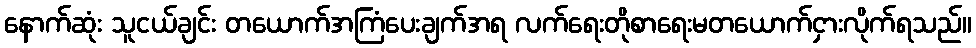
နောက်ဆုံး သူငယ်ချင်း တယောက်အကြံပေးချက်အရ လက်ရေးတိုစာရေးမတယောက်ငှားလိုက်ရသည်။